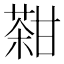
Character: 𤯊